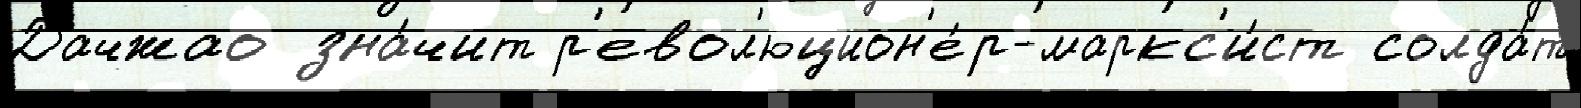
Дачжао зна́чит р'евол'юцион'е́р-маркс'и́ст солда́т